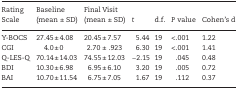
| Rating Scale | Baseline (mean ± SD) | Final Visit (mean ± SD) | t | d.f. | P value | Cohen’s d |
 | --- | --- | --- | --- | --- | --- | --- |
 | Y-BOCS | 27.45±4.08 | 20.45±7.57 | 5.44 | 19 | <.001 | 1.22 |
 | CGI | 4.0±0 | 2.70 ± .923 | 6.30 | 19 | <.001 | 1.41 |
 | Q-LES-Q | 70.14±14.03 | 74.55±12.03 | −2.15 | 19 | .045 | 0.48 |
 | BDI | 10.30±6.98 | 6.95±6.10 | 3.20 | 19 | .005 | 0.72 |
 | BAI | 10.70±11.54 | 6.75±7.05 | 1.67 | 19 | .112 | 0.37 |